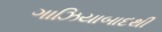
ગાઝિયાબાદથી